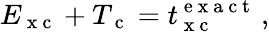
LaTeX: E_{\mathrm{~x~c~}}+T_{\mathrm{~c~}}=t_{\mathrm{~x~c~}}^{\mathrm{~e~x~a~c~t~}}\, ,